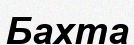
Бахта